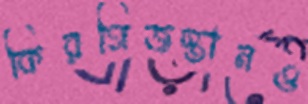
কিরগিজস্তানও